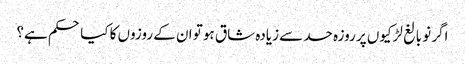
اگر نو بالغ لڑکیوں پر روزہ حد سے زیادہ شاق ہو تو ان کے روزوں کا کیا حکم ہے؟